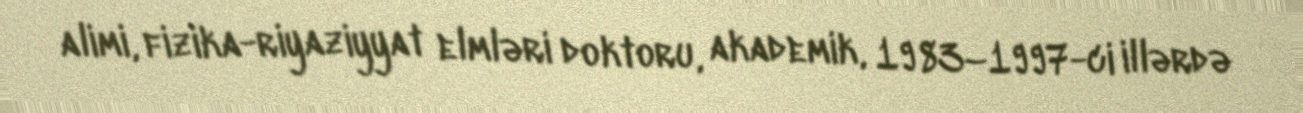
alimi, fizika-riyaziyyat elmləri doktoru, akademik, 1983–1997-ci illərdə